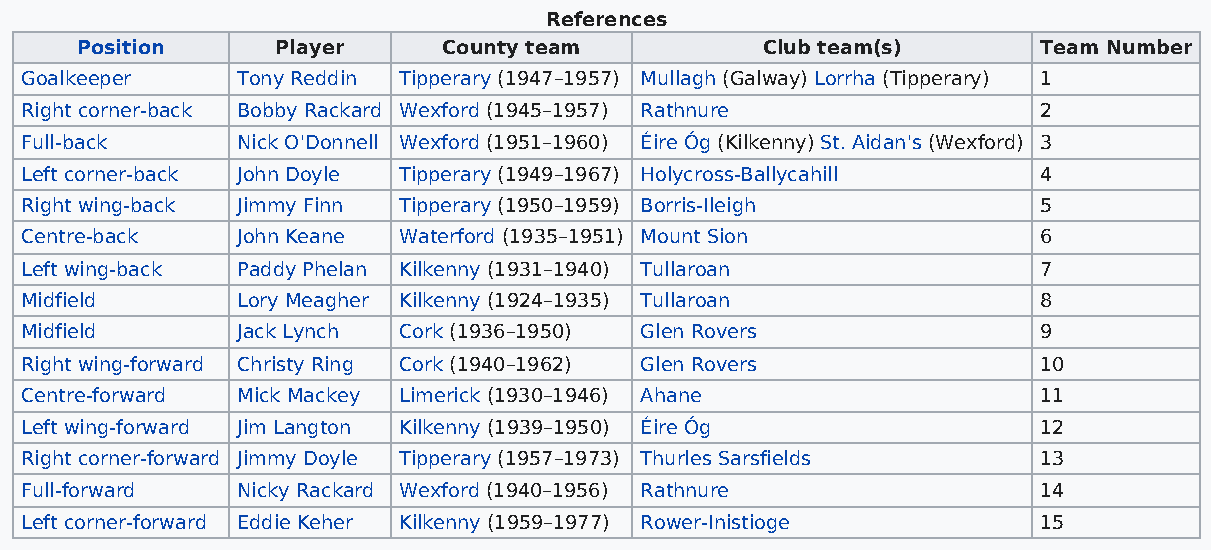
References
 Position     Player     County team          Club team(s)       Team Number
 Goalkeeper     Tony Reddin Tipperary (1947–1957) Mullagh (Galway) Lorrha (Tipperary) 1
 Right corner-back Bobby Rackard Wexford (1945–1957) Rathnure        2
 Full-back      Nick O'Donnell Wexford (1951–1960) Éire Óg (Kilkenny) St. Aidan's (Wexford) 3
 Left corner-back John Doyle Tipperary (1949–1967) Holycross-Ballycahill 4
 Right wing-back Jimmy Finn Tipperary (1950–1959) Borris-Ileigh      5
 Centre-back    John Keane Waterford (1935–1951) Mount Sion          6
 Left wing-back Paddy Phelan Kilkenny (1931–1940) Tullaroan          7
 Midfield       Lory Meagher Kilkenny (1924–1935) Tullaroan          8
 Midfield       Jack Lynch Cork (1936–1950) Glen Rovers              9
 Right wing-forward Christy Ring Cork (1940–1962) Glen Rovers        10
 Centre-forward Mick Mackey Limerick (1930–1946) Ahane               11
 Left wing-forward Jim Langton Kilkenny (1939–1950) Éire Óg          12
 Right corner-forward Jimmy Doyle Tipperary (1957–1973) Thurles Sarsfields 13
 Full-forward   Nicky Rackard Wexford (1940–1956) Rathnure           14
 Left corner-forward Eddie Keher Kilkenny (1959–1977) Rower-Inistioge 15